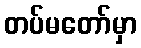
တပ်မတော်မှာ